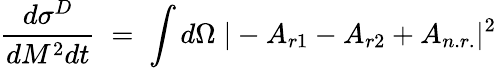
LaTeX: \frac{d\sigma^{D}}{dM^{2}dt}\; =\; \int d\Omega\; |-A_{r1}-A_{r2}+A_{n.r.}|^{2}\;